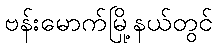
ဗန်းမောက်မြို့နယ်တွင်